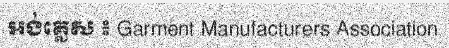
អង់គ្លេស ៖ Garment Manufacturers Association